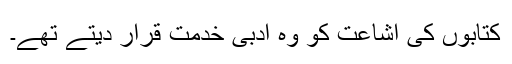
کتابوں کی اشاعت کو وہ ادبی خدمت قرار دیتے تھے۔